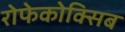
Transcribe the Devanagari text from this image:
रोफेकोक्सिब